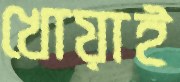
খোয়াই